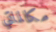
مكالماتي